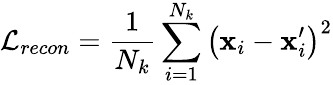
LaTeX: \mathcal{L}_{recon}=\frac{1}{N_{k}}\sum_{i=1}^{N_{k}}\left(\mathbf{x}_{i}-{\mathbf{x}}_{i}^{\prime}\right)^{2}